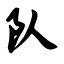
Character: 队